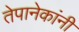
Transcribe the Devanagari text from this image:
तेपानेकांनी